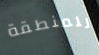
للمنطقة